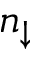
n _ { \downarrow }